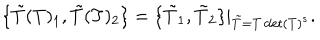
\{ \tilde { T } ( T ) _ { 1 } , \tilde { T } ( T ) _ { 2 } \} = \{ \tilde { T } _ { 1 } , \tilde { T } _ { 2 } \} | _ { \tilde { T } = T \det ( T ) ^ { s } } .